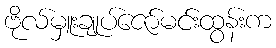
ဗိုလ်မှူးချုပ်ဇော်မင်းထွန်းက